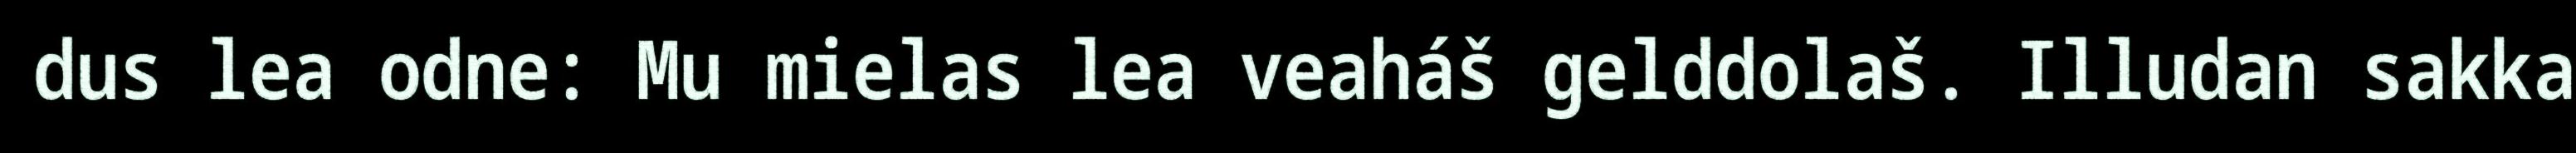
dus lea odne: Mu mielas lea veaháš gelddolaš. Illudan sakka